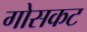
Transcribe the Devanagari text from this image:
गोसकट